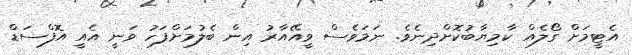
އެޓީމަށް ގޯލެއް ކާމިޔާބުކޮށްދިނެވެ. ނަމަވެސް ވީއޭއާރު އިން ބެލުމަށްފަހު ވަނީ އެއީ އޮފްސަޑް